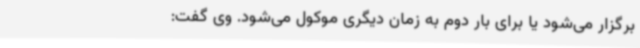
برگزار می‌شود یا برای بار دوم به زمان دیگری موکول می‌شود. وی گفت: